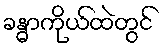
ခန္ဓာကိုယ်ထဲတွင်